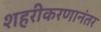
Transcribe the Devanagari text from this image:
शहरीकरणानंतर